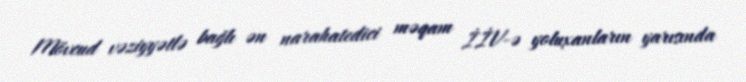
Mövcud vəziyyətlə bağlı ən narahatedici məqam İİV-ə yoluxanların yarısında